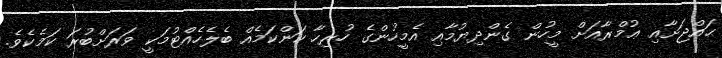
ޙައްޖަށާއި ޢުމްރާއަށް މީހުން ގެންދިޔުމާއި އެމީހުންގެ ހުރިހާ ކަންކަމެއް ބެލެހެއްޓުމަކީ ވަރަށްބުރަ ކަމެކެވެ.